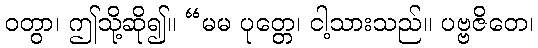
ဝတွာ၊ ဤသို့ဆို၍။ “မမ ပုတ္တေ၊ ငါ့သားသည်။ ပဗ္ဗဇိတေ၊